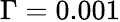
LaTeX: \Gamma=0.001